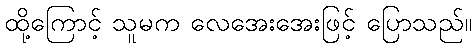
ထို့ကြောင့် သူမက လေအေးအေးဖြင့် ပြောသည်။